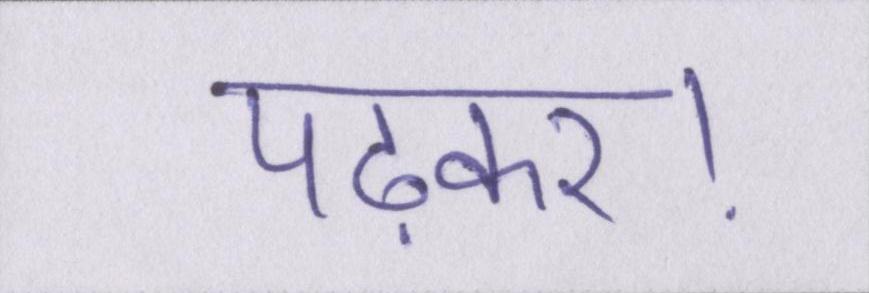
पढ़कर।